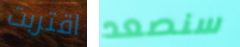
اقتربت سنصعد